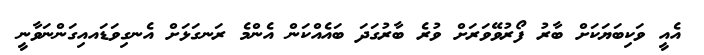
އެއީ ވަކިބަޔަކަށް ބާރު ފޯރުވޭވަރަށް ވުރެ ބާރުގަދަ ބައެއްކަން އެންމެ ރަނގަޅަށް އެނގިވަޑައއިގަންނަވާނީ